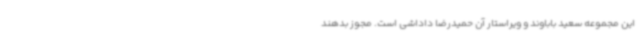
این مجموعه سعید باباوند و ویراستار آن حمیدرضا داداشی است. مجوز بدهند